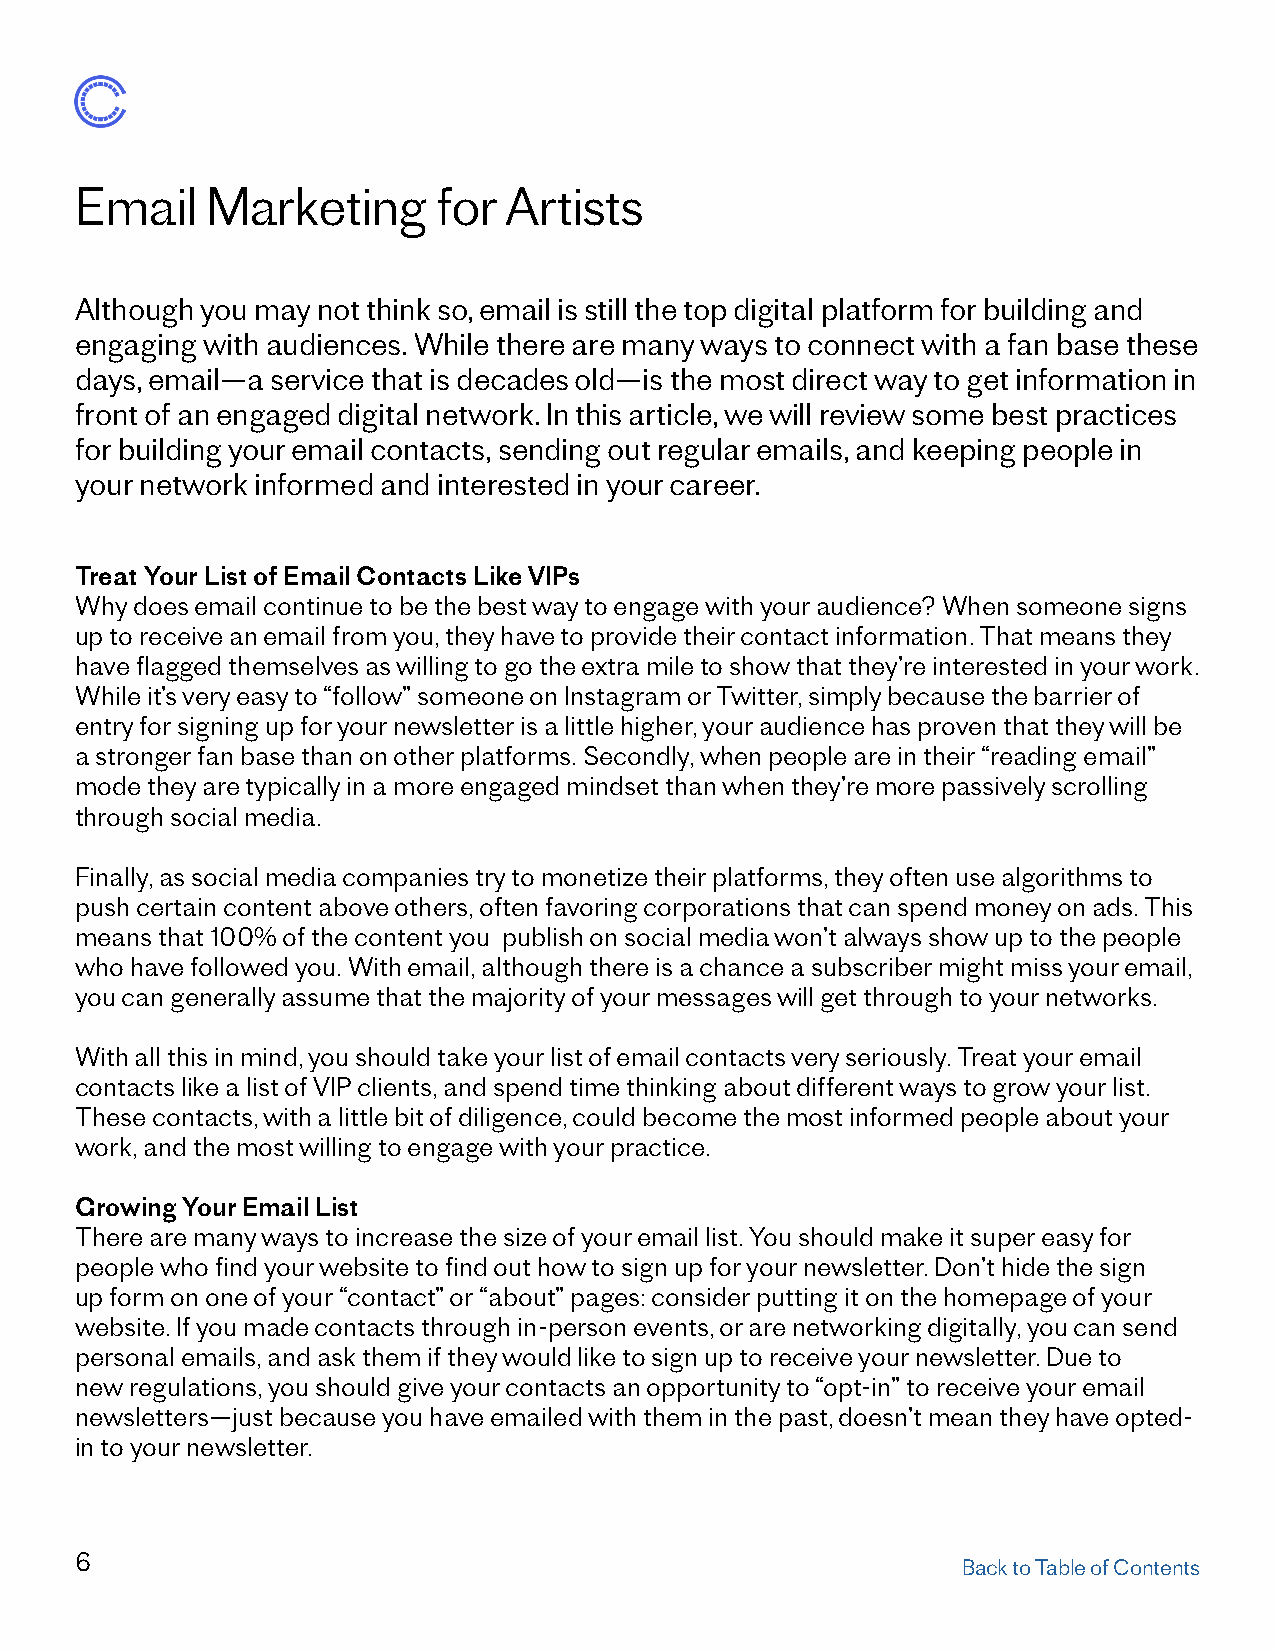
Email    Marketing      for Artists
 Although you may not think so, email is still the top digital platform for building and
 engaging with audiences. While there are many ways to connect with a fan base these
 days, email—a service that is decades old—is the most direct way to get information in
 front of an engaged digital network. In this article, we will review some best practices
 for building your email contacts, sending out regular emails, and keeping people in
 your network informed and interested in your career.
 Treat Your List of Email Contacts Like VIPs
 Why does email continue to be the best way to engage with your audience? When someone signs
 up to receive an email from you, they have to provide their contact information. That means they
 have flagged themselves as willing to go the extra mile to show that they’re interested in your work.
 While it’s very easy to “follow” someone on Instagram or Twitter, simply because the barrier of
 entry for signing up for your newsletter is a little higher, your audience has proven that they will be
 a stronger fan base than on other platforms. Secondly, when people are in their “reading email”
 mode they are typically in a more engaged mindset than when they’re more passively scrolling
 through social media.
 Finally, as social media companies try to monetize their platforms, they often use algorithms to
 push certain content above others, often favoring corporations that can spend money on ads. This
 means that 100% of the content you publish on social media won’t always show up to the people
 who have followed you. With email, although there is a chance a subscriber might miss your email,
 you can generally assume that the majority of your messages will get through to your networks.
 With all this in mind, you should take your list of email contacts very seriously. Treat your email
 contacts like a list of VIP clients, and spend time thinking about different ways to grow your list.
 These contacts, with a little bit of diligence, could become the most informed people about your
 work, and the most willing to engage with your practice.
 Growing Your Email List
 There are many ways to increase the size of your email list. You should make it super easy for
 people who find your website to find out how to sign up for your newsletter. Don’t hide the sign
 up form on one of your “contact” or “about” pages: consider putting it on the homepage of your
 website. If you made contacts through in-person events, or are networking digitally, you can send
 personal emails, and ask them if they would like to sign up to receive your newsletter. Due to
 new regulations, you should give your contacts an opportunity to “opt-in” to receive your email
 newsletters—just because you have emailed with them in the past, doesn’t mean they have opted-
 in to your newsletter.
 6
 Back to Table of Contents